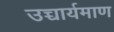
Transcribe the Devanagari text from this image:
उच्चार्यमाण